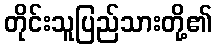
တိုင်းသူပြည်သားတို့၏